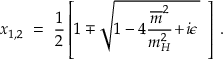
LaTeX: x _ { 1 , 2 } \ = \ \frac { 1 } { 2 } \left[ 1 \mp \sqrt { 1 - 4 \frac { \overline { { { m } } } ^ { 2 } } { m _ { H } ^ { 2 } } \! + \! i \epsilon \, } \ \, \right] \, .